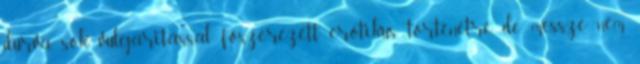
durva, sok vulgaritással főszerezett, erotikus történetre, de messze nem